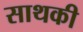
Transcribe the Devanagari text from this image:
साथकी